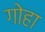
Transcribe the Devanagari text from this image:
गोहा